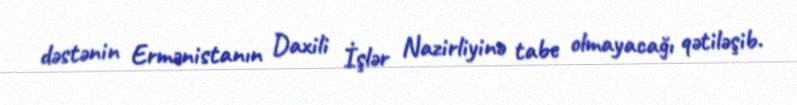
dəstənin Ermənistanın Daxili İşlər Nazirliyinə tabe olmayacağı qətiləşib.